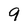
Character: 9